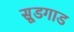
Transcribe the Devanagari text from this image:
सूडगाड